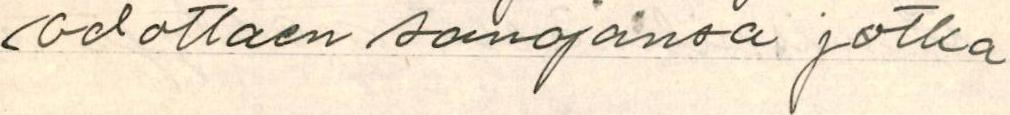
odottaen sanojansa jotka